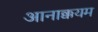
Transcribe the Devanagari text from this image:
आनाक्कयम